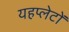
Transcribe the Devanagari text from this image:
यहप्लेटों